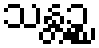
သန္တဉ္စ